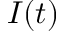
I ( t )